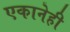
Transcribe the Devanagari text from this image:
एकानेही